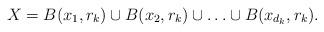
LaTeX: \begin{align*}X=B(x_1,r_k)\cup B(x_2,r_k)\cup\ldots\cup B(x_{d_k},r_k).\end{align*}